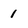
Character: 1